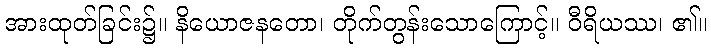
အားထုတ်ခြင်း၌။ နိယောဇနတော၊ တိုက်တွန်းသောကြောင့်။ ဝီရိယဿ၊ ၏။